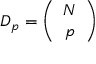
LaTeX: D _ { p } = \left( \begin{array} { c } { { N } } \\ { { p } } \end{array} \right)